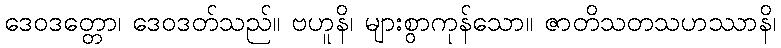
ဒေဝဒတ္တော၊ ဒေဝဒတ်သည်။ ဗဟူနိ၊ များစွာကုန်သော။ ဇာတိသတသဟဿာနိ၊